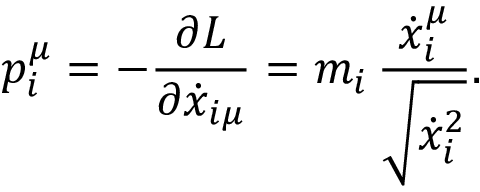
p _ { i } ^ { \mu } = - { \frac { \partial { \cal L } } { \partial { \dot { x } } _ { i \mu } } } = m _ { i } \, { \frac { { \dot { x } } _ { i } ^ { \mu } } { \sqrt { { \dot { x } } _ { i } ^ { 2 } } } } .